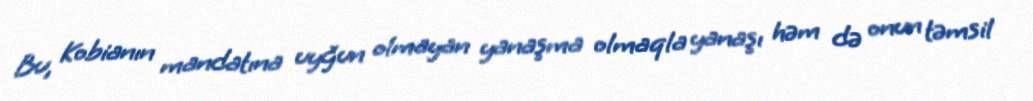
Bu, Kobianın mandatına uyğun olmayan yanaşma olmaqla yanaşı həm də onun təmsil